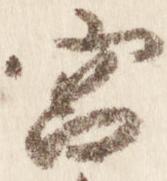
宮